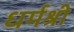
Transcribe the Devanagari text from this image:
धर्मश्री